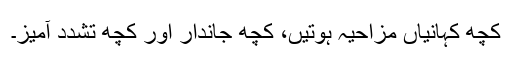
کچھ کہانیاں مزاحیہ ہوتیں، کچھ جاندار اور کچھ تشدد آمیز۔